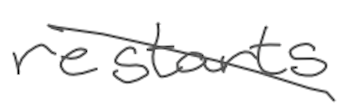
Text: restarts
Cross-out: diagonal
Writing tool: digital_gray